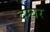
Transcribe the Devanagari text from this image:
दम्बर